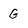
Character: G